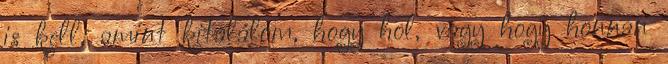
is kell, amint kitalálom, hogy hol, vagy hogy honnan